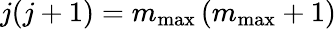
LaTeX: j(j+1)=m_{\mathrm{max}}\left(m_{\mathrm{max}}+1\right)